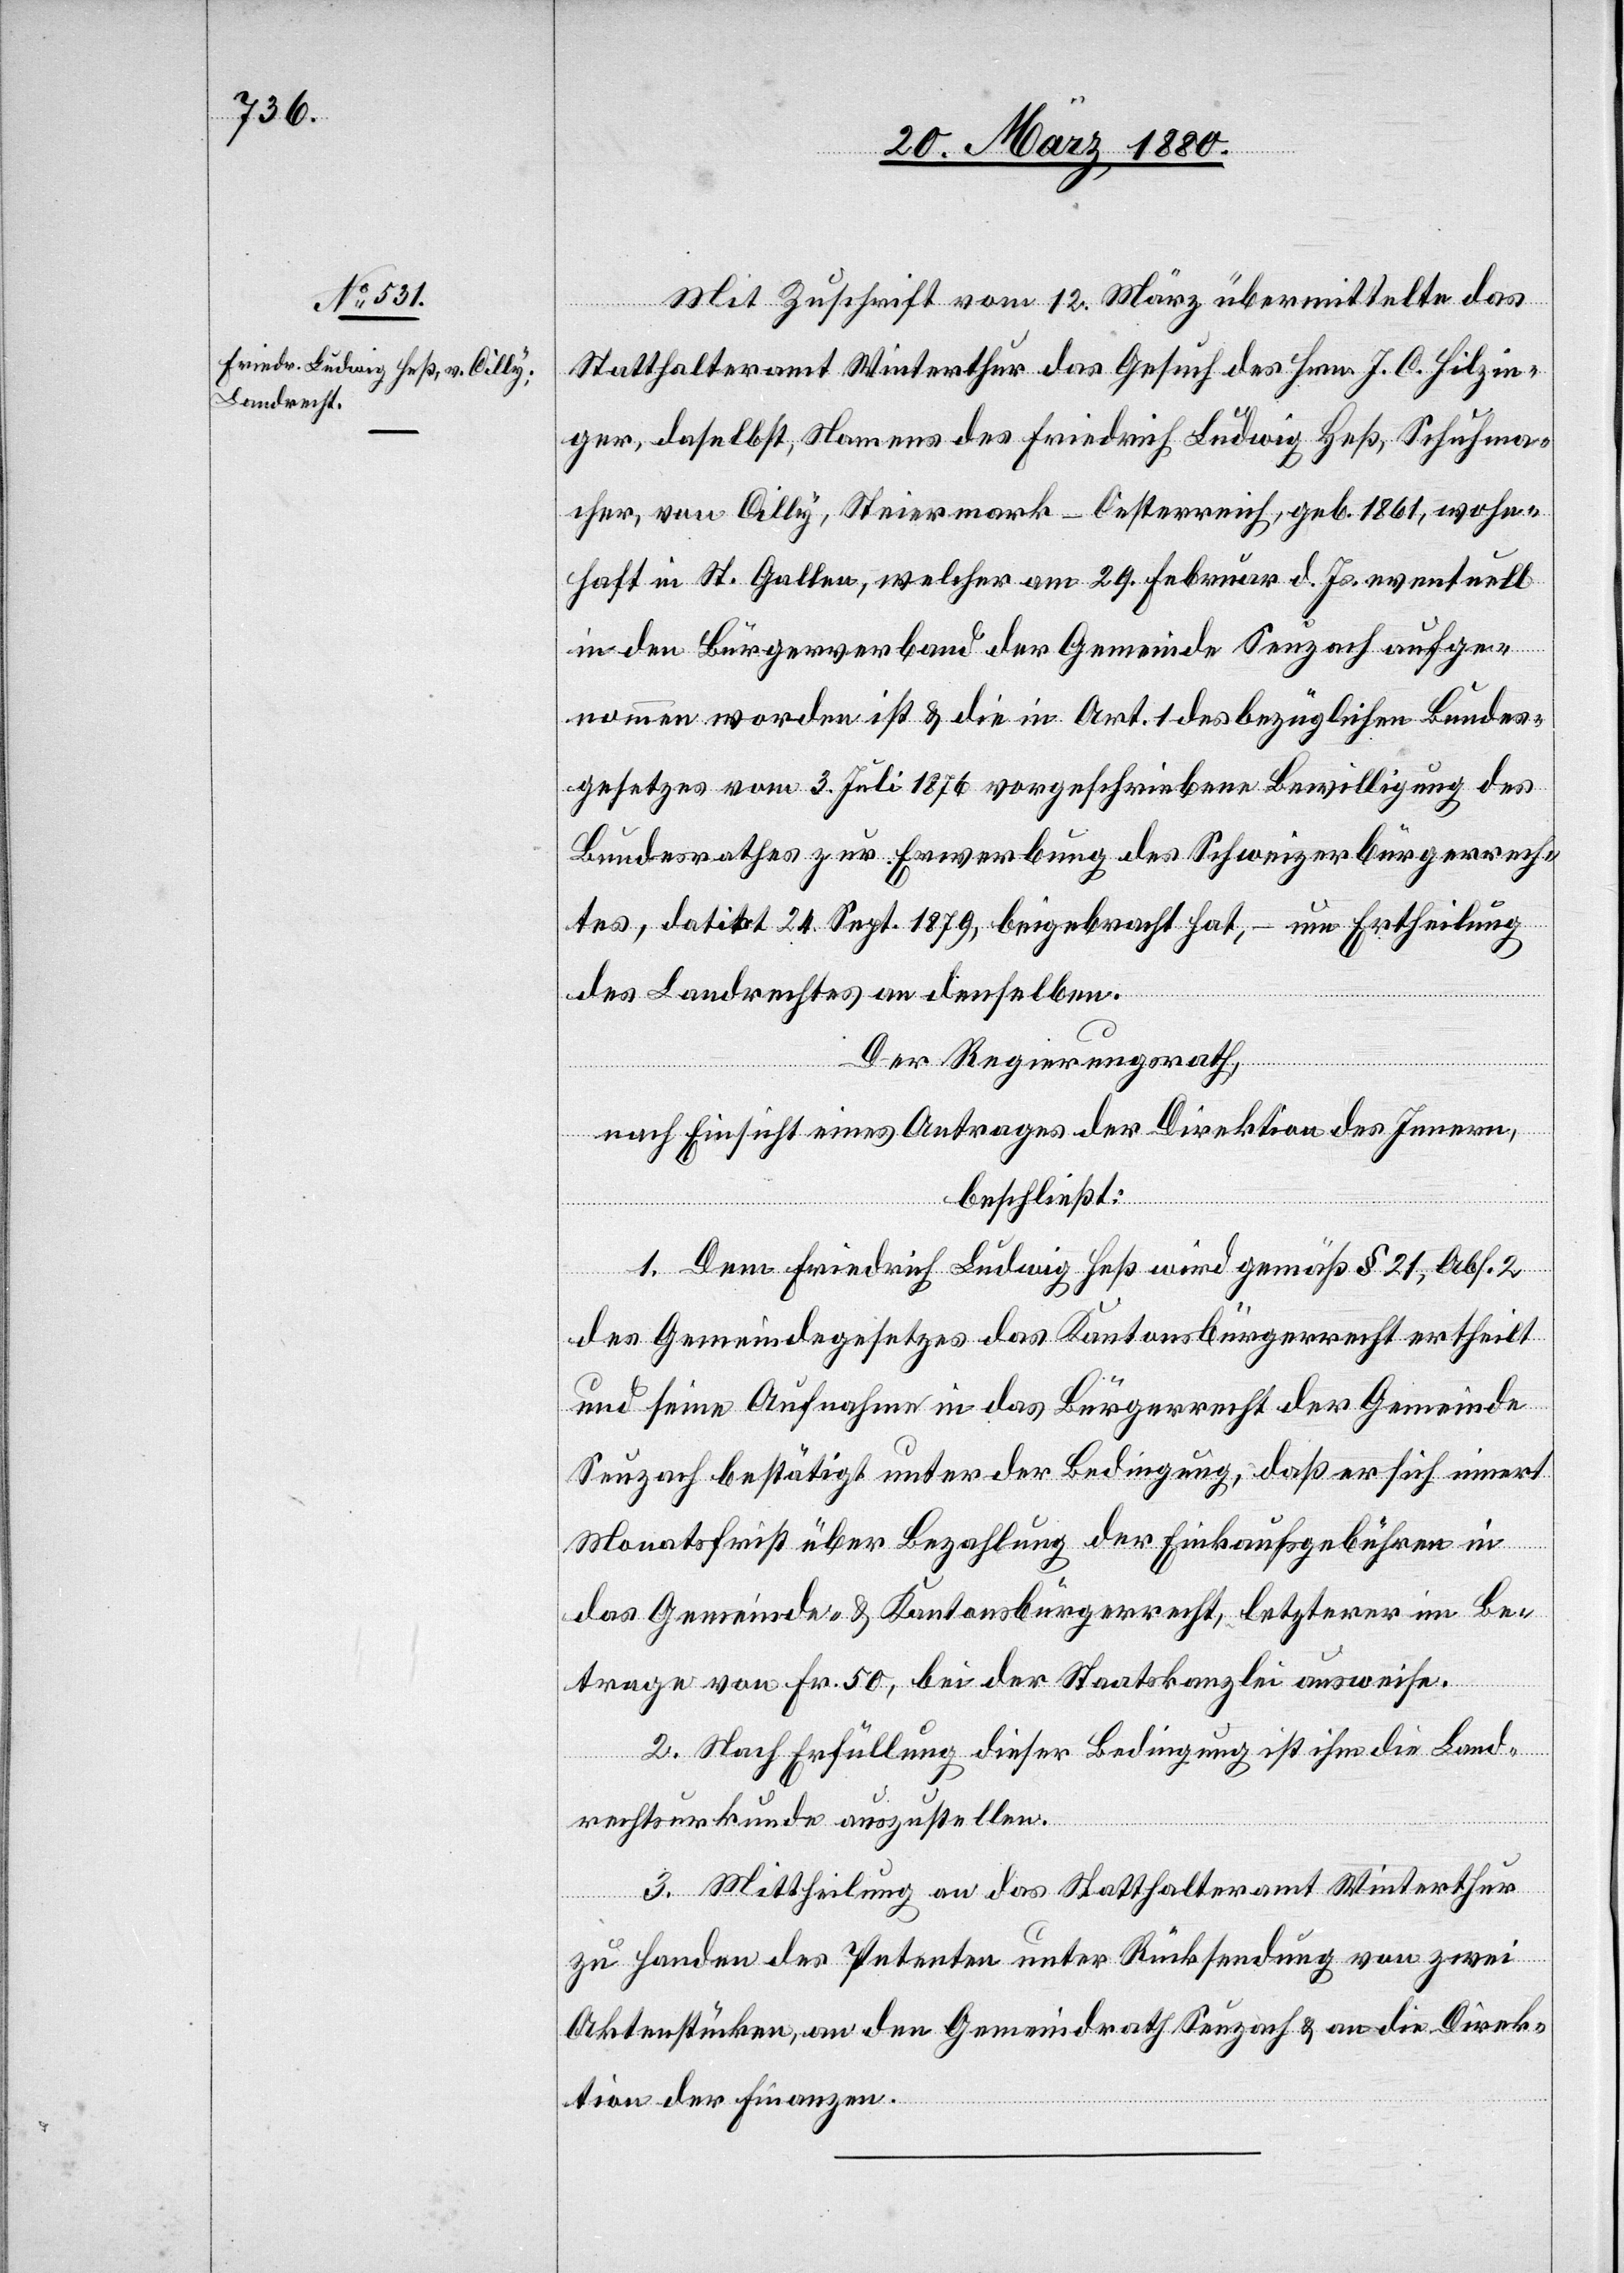
Mit Zuschrift vom 12. März übermittelte das
Statthalteramt Winterthur das Gesuch des Hrn. J. C. Hilzin¬
ger, daselbst, Namens des Friedrich Ludwig Heß, Schuhma¬
cher, von Cilly, Steiermark - Oesterreich, geb. 1861, wohn¬
haft in St. Gallen, welcher am 29. Februar d. Js. eventuell
in den Bürgerverband der Gemeinde Seuzach aufge¬
nommen worden ist & die in Art. 1 des bezüglichen Bundes¬
gesetzes vom 3. Juli 1876 vorgeschriebene Bewilligung des
Bundesrathes zur Erwerbung des Schweizerbürgerrech¬
tes, datirt 24. Sept. 1879, beigebracht hat, – um Ertheilung
des Landrechtes an denselben.
Der Regierungsrath,
nach Einsicht eines Antrages der Direktion des Innern,
beschließt:
1. Dem Friedrich Ludwig Heß wird gemäß § 21, Abs. 2
des Gemeindegesetzes das Kantonsbürgerrecht ertheilt
und seine Aufnahme in das Bürgerrecht der Gemeinde
Seuzach bestätigt unter der Bedingung, daß er sich innert
Monatsfrist über Bezahlung der Einkaufsgebühren in
das Gemeinde- & Kantonsbürgerrecht, letzterer im Be¬
trage von Fr. 50, bei der Staatskanzlei ausweise.
2. Nach Erfüllung dieser Bedingung ist ihm die Land¬
rechtsurkunde auszustellen.
3. Mittheilung an das Statthalteramt Winterthur
zu Handen des Petenten unter Rücksendung von zwei
Aktenstücken, an den Gemeindrath Seuzach & an die Direk¬
tion der Finanzen.